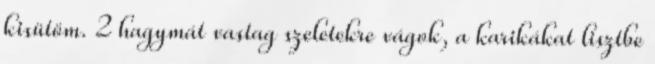
kisütöm. 2 hagymát vastag szeletekre vágok, a karikákat lisztbe